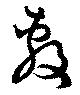
敷